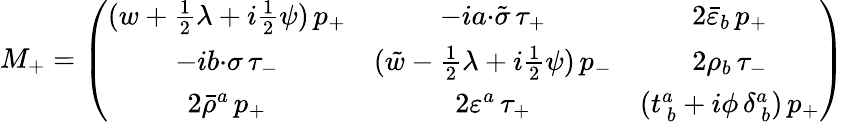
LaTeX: \displaystyle{M_{+}=\left(\begin{array}{ccc}{{(w+\textstyle{\frac{1}{2}}\lambda+i\textstyle{\frac{1}{2}}\psi)\, p_{+}}}&{{-ia{\cdot\tilde{\sigma}}\, \tau_{+}}}&{{2\bar{\varepsilon}_{b}\, p_{+}}}\\ {{-ib{\cdot\sigma}\, \tau_{-}}}&{{(\tilde{w}-\textstyle{\frac{1}{2}}\lambda+i\textstyle{\frac{1}{2}}\psi)\, p_{-}}}&{{2\rho_{b}\, \tau_{-}}}\\ {{2\bar{\rho}^{a}\, p_{+}}}&{{2\varepsilon^{a}\, \tau_{+}}}&{{(t_{~b}^{a}+i\phi\, \delta_{~b}^{a})\, p_{+}}}\end{array}\right)}